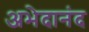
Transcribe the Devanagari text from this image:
अभेदानंद